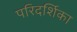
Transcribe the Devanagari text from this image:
परिदर्शिका